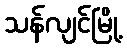
သန်လျင်မြို့